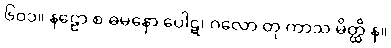
၆၀၁။ နဠော စ ဓမနော ပေါဋ၊ ဂလော တု ကာသ မိတ္ထိ န။